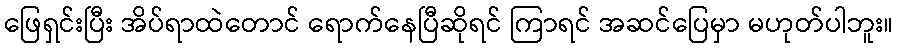
ဖြေရှင်းပြီး အိပ်ရာထဲတောင် ရောက်နေပြီဆိုရင် ကြာရင် အဆင်ပြေမှာ မဟုတ်ပါဘူး။